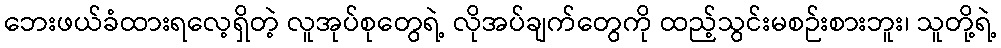
ဘေးဖယ်ခံထားရလေ့ရှိတဲ့ လူအုပ်စုတွေရဲ့ လိုအပ်ချက်တွေကို ထည့်သွင်းမစဉ်းစားဘူး၊ သူတို့ရဲ့